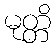
မုတ္တိ